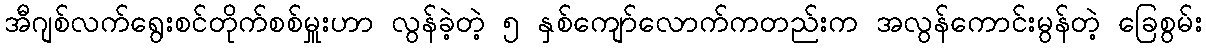
အီဂျစ်လက်ရွေးစင်တိုက်စစ်မှူးဟာ လွန်ခဲ့တဲ့ ၅ နှစ်ကျော်လောက်ကတည်းက အလွန်ကောင်းမွန်တဲ့ ခြေစွမ်း